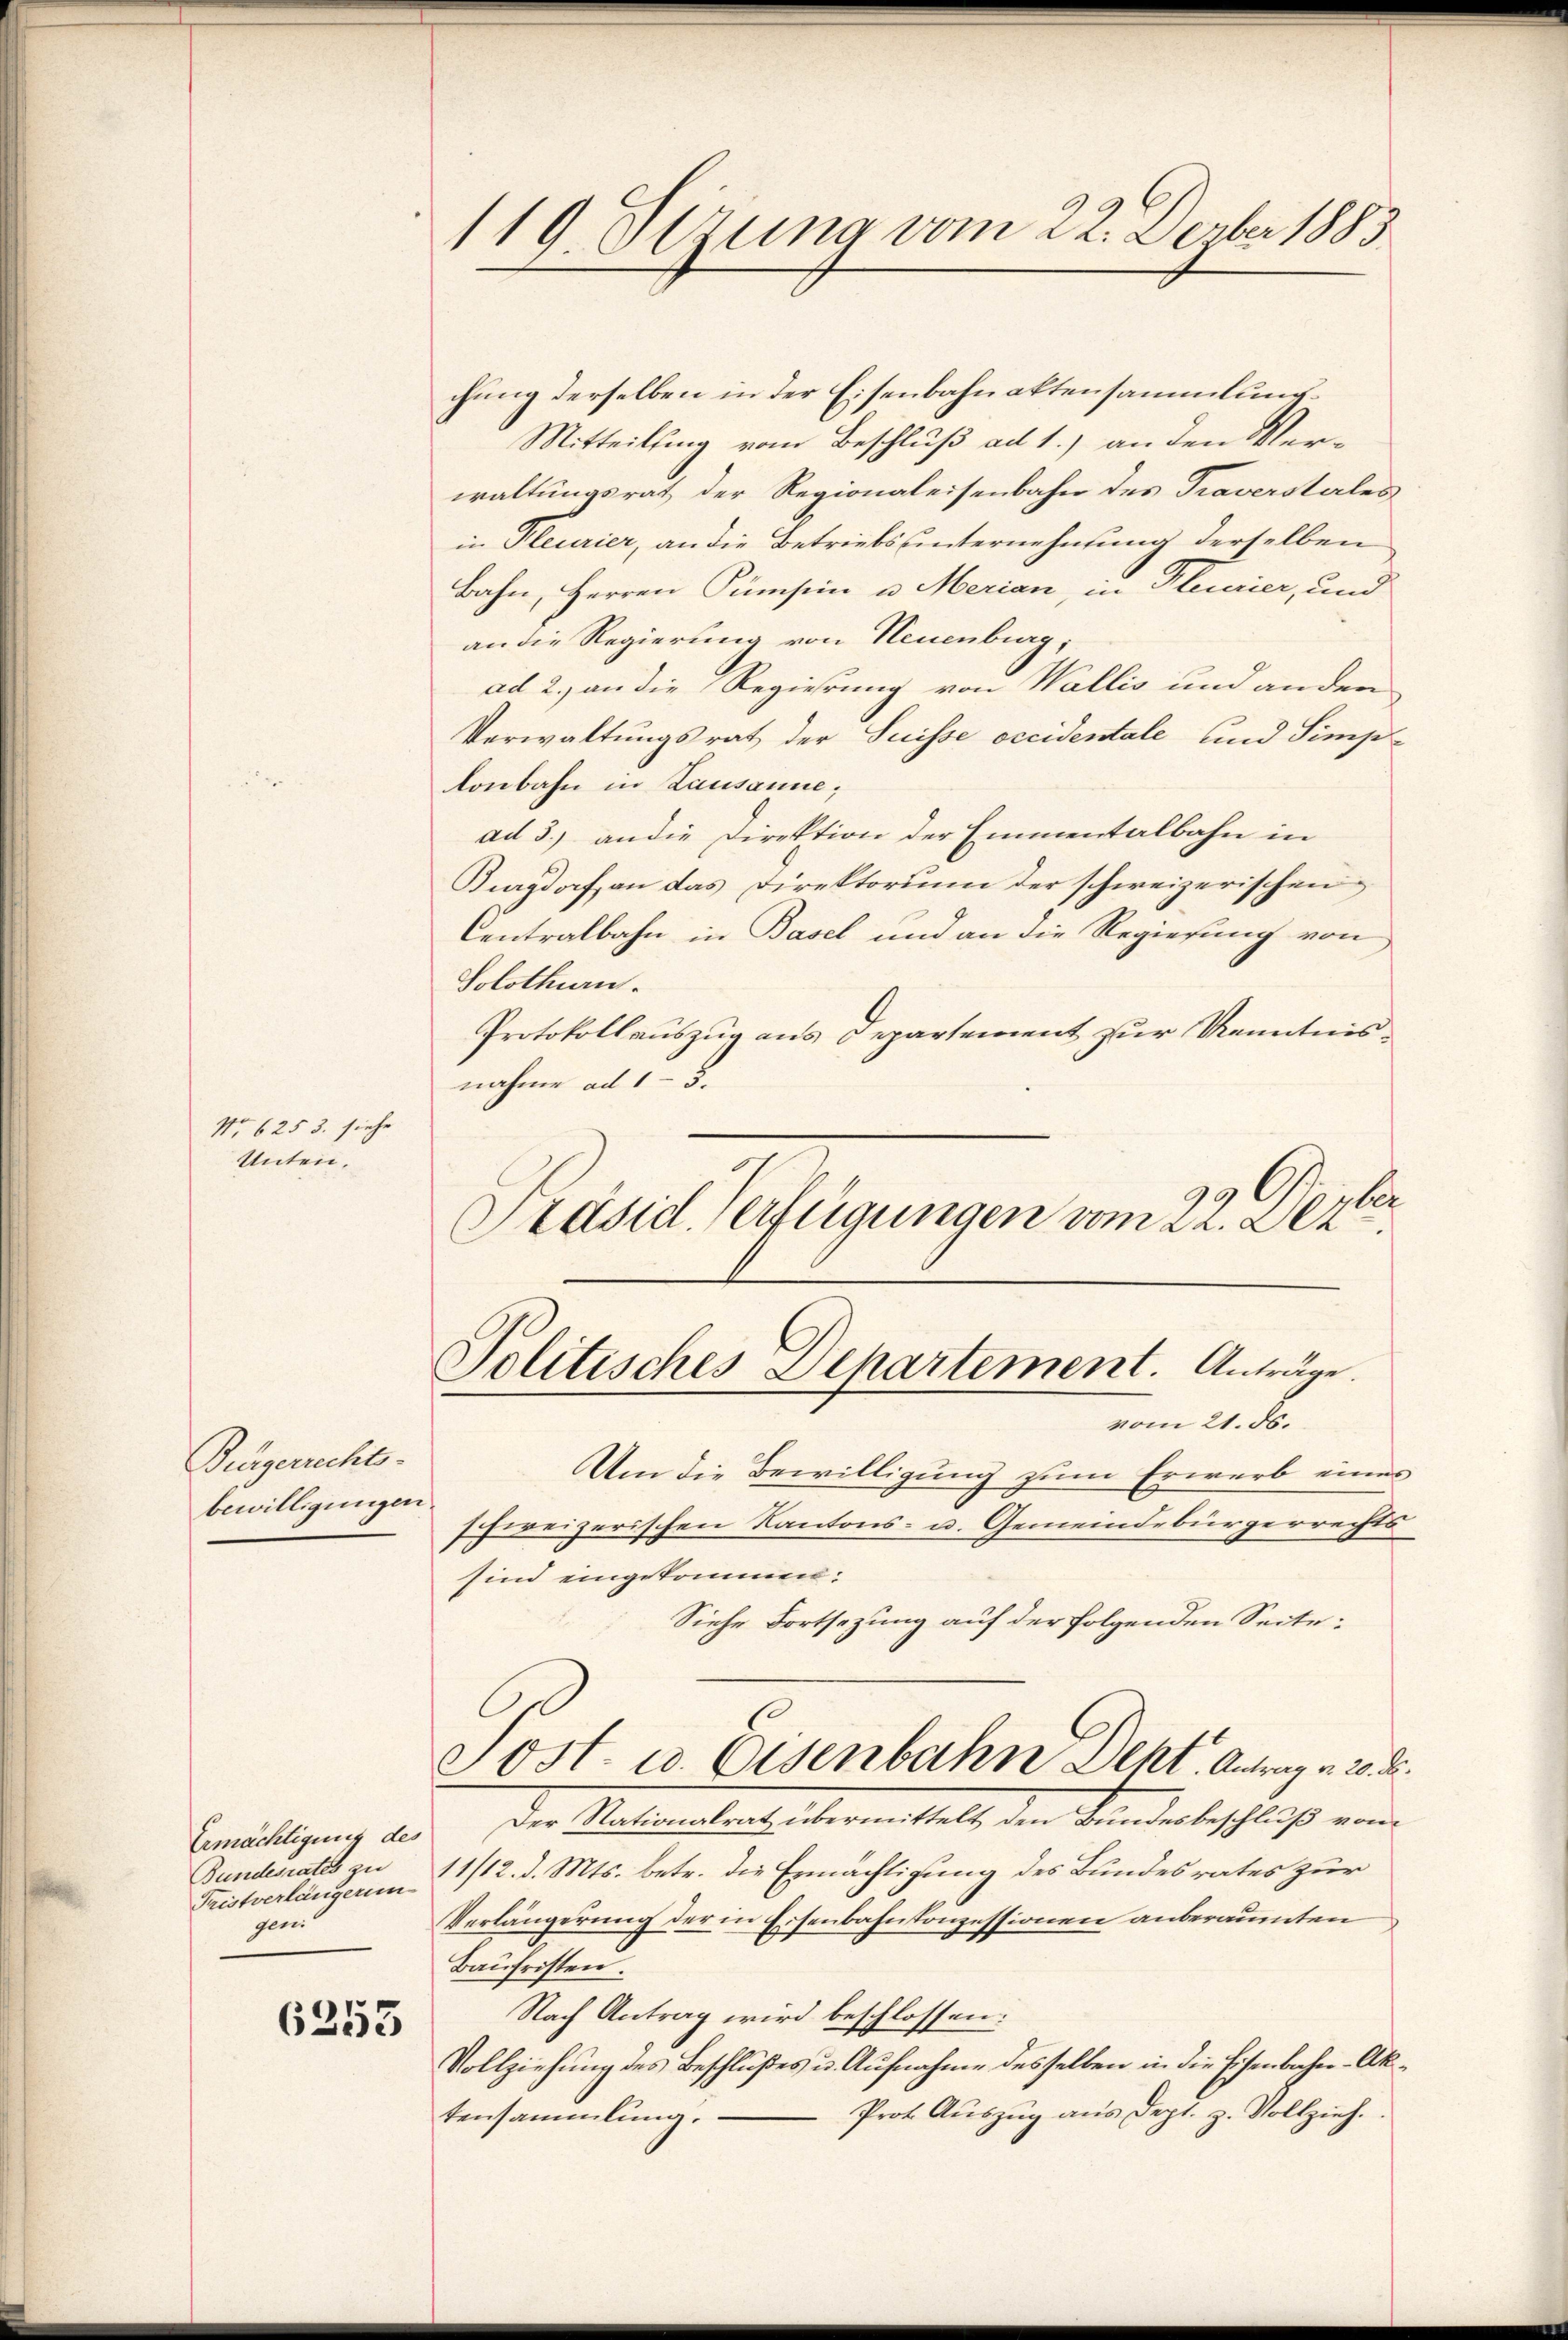
No 6253. siehe
Unten.

Bürgerrechts-
bewilligungen.

Bundesrates zu
Fristverlängerun
geni

6253

119. Sezung vom 22. Dezber 1883

chung derselben in der Eisenbahnaktensammlung
Mitteilung vom Beschluß ad 1.) an den Verwaltungsrat der Regionaleisenbahn des Traversteles
in Pleurier, an die Betriebsunternehmung derselben
Bahn, Herren Pumpen u. Merian in Pleurier, und
an die Regierung von Neuenburg,
ad 2., an die Regierung von Wallis und andere
Verwaltungsrat der Suisse occidentale und Simplonbahn in Lausanne;
ad 3.) an die Direktion der Emmentalbahn in
Burgdorf, an das Direktorium der schweizerischen
Centralbahn in Basel und an die Regierung von
Solothurn.
Protokollauszug aus Departement zur Kenntnisnahme ad 15.
4
Präsid. Verfügungen vom 22. Dez.

Politisches Departement. Anträge.
vom 21. ds.

Sost- u. Eisenbahn Deht. Antrag v. 20. d.

Um die Bewilligung zum Erwarb eines
schweizerischen Kantons- u. Gemeindebürgerrechts
sind eingekommt:
Siehe Fortsezung auf der folgenden Seite:
Ermächtigung des Der Nationalrat übermittelt den Bundesbeschluß von
11/12. d. Mts. betr. die Ermächtigung des Bundesrates zur
Verlängerung der in Eisenbahnkonzessionen anberaumten
Baufristen.
Nach Antrag wird beschlossen:
Vollziehung des Beschlußes u. Aufnahme desselben in die Eisenbahn-Ak¬
Prot. Aŭszŭg aŭs dept. z. Vollzieh.
tensammlung.